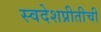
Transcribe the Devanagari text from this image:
स्वदेशप्रीतीची